Indian journal of veterinary science and animal husbandry - Volumes 22-23, 1952-1953
Year: 1952
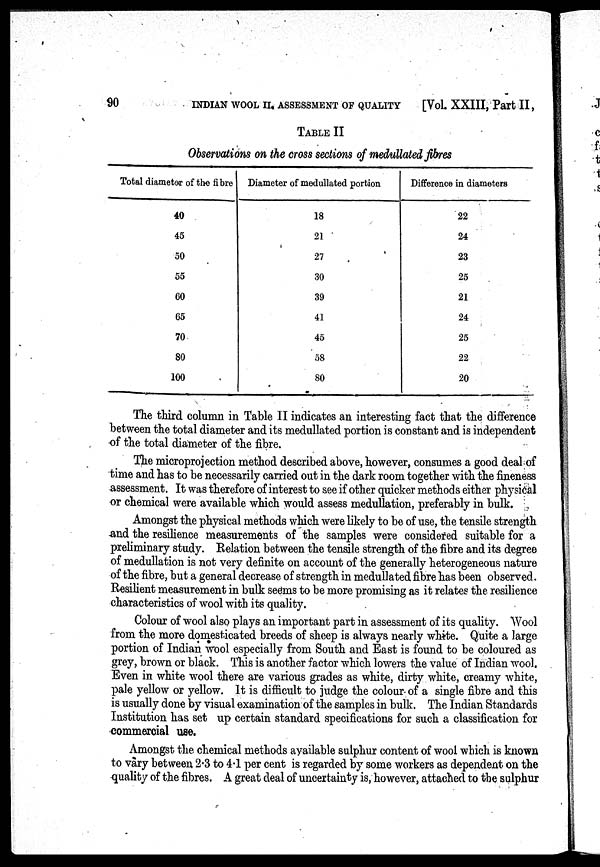
90
INDIAN WOOL II, ASSESSMENT OF QUALITY
[Vol. XXIII, Part II,
TABLE II
Observations on the cross sections of medullated fibres
Total diameter of the fibre
40
45
50
55
60
65
70
80
100
Diameter of medullated portion
18
21
27
30
39
41
45
58
80
Difference in diameters
22
24
23
25
21
24
25
22
20
The third column in Table II indicates an interesting fact that the difference
between the total diameter and its medullated portion is constant and is independent
of the total diameter of the fibre.
The microprojection method described above, however, consumes a good deal of
time and has to be necessarily carried out in the dark room together with the fineness
assessment. It was therefore of interest to see if other quicker methods either physical
or chemical were available which would assess medullation, preferably in bulk.
Amongst the physical methods which were likely to be of use, the tensile strength
and the resilience measurements of the samples were considered suitable for a
preliminary study. Relation between the tensile strength of the fibre and its degree
of medullation is not very definite on account of the generally heterogeneous nature
of the fibre, but a general decrease of strength in medullated fibre has been observed.
Resilient measurement in bulk seems to be more promising as it relates the resilience
characteristics of wool with its quality.
Colour of wool also plays an important part in assessment of its quality. Wool
from the more domesticated breeds of sheep is always nearly white. Quite a large
portion of Indian wool especially from South and East is found to be coloured as
grey, brown or black. This is another factor which lowers the value of Indian wool.
Even in white wool there are various grades as white, dirty white, creamy white,
pale yellow or yellow. It is difficult to judge the colour of a single fibre and this
is usually done by visual examination of the samples in bulk. The Indian Standards
Institution has set up certain standard specifications for such a classification for
commercial use.
Amongst the chemical methods available sulphur content of wool which is known
to vary between 2.3 to 4.1 per cent is regarded by some workers as dependent on the
quality of the fibres. A great deal of uncertainty is, however, attached to the sulphur